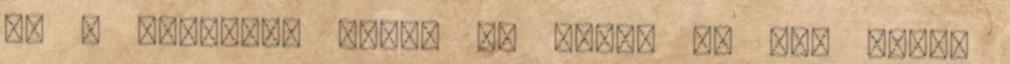
Ha a családra rátör az éhség és már nincs